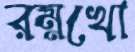
রম্নখো